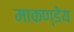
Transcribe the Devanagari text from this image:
माकण्डेय